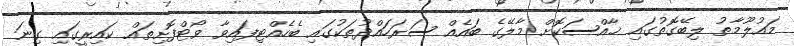
މައުލޫމާތު ލިބޭގޮތުގައި ޚާއްސަކޮށް މާލޭގެ ބައެއް ސަރަހައްދުތަކުގައި ބެހެއްޓިފައިވާ ވޯޓްފޮށިތައް ކައިރީގައި ގިނަ